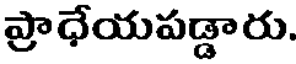
ప్రాధేయపడ్డారు.